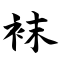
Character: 袜